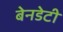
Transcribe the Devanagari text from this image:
बेनडेटी